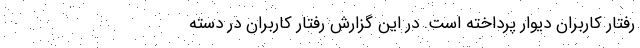
رفتار کاربران دیوار پرداخته است. در این گزارش رفتار کاربران در دسته